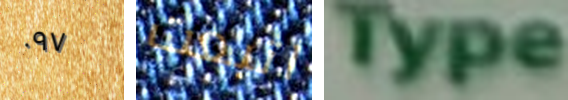
٠٩٧ اتبعت Type